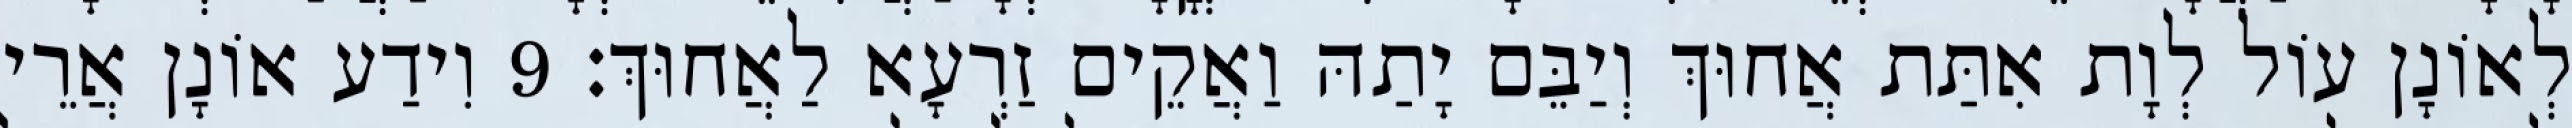
לְאוֹנָן עוֹל לְוָת אִתַּת אֲחוּךְ וְיַבֵּם יָתַהּ וַאֲקֵים זַרְעָא לַאֲחוּךְ׃ 9 וִידַע אוֹנָן אֲרֵי